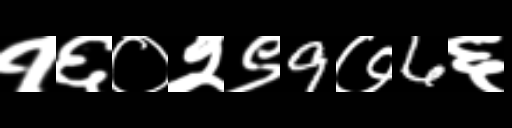
Text: १६०२९9७6६